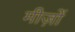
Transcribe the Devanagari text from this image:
मीज़ों